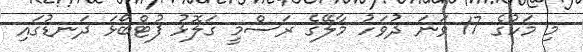
މި މަހުގެ 17 ވަނަ ދުވަހު މާލޭގެ ރަސްމީ ގަލޮޅު ފުޓްބޯޅަ ދަނޑުގައި